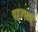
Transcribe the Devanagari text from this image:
पहुन्च्ह्ने